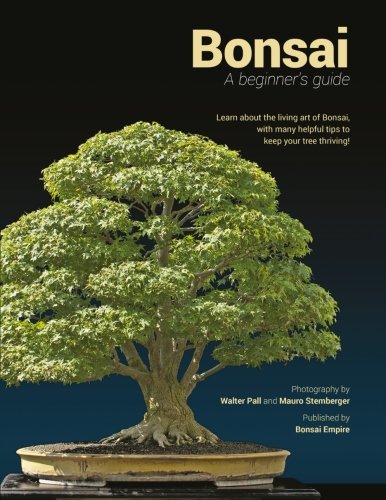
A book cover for Bonsai: a beginners guide; Bonsai Empire; Crafts, Hobbies & Home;